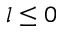
l \le 0